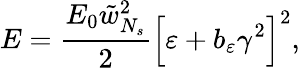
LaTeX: E=\frac{E_{0}\tilde{w}_{N_{s}}^{2}}{2}\Big[\varepsilon+b_{\varepsilon}\gamma^{2}\Big]^{2},